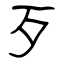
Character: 歹